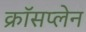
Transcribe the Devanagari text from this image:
क्रॉसप्लेन